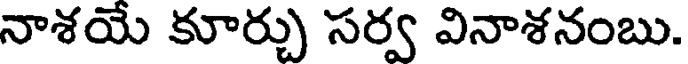
నాశయే కూర్చు సర్వ వినాశనంబు.